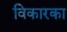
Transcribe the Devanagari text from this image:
विकारका